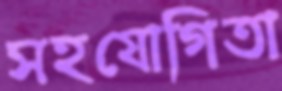
সহযোগিতা